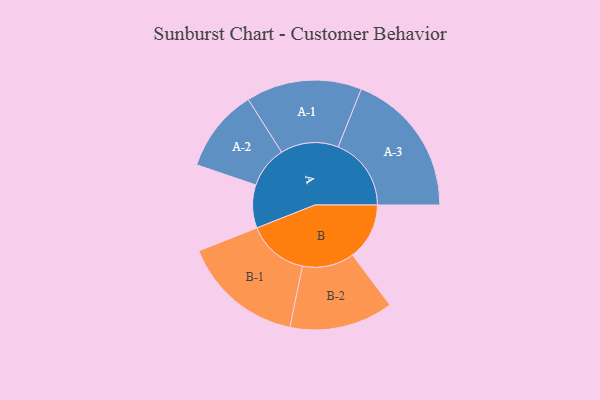
{"axis": {"x": "Segment", "y": "Value"}, "legend": ["", "A", "B"], "data": [{"x": "A", "y": 173, "type": ""}, {"x": "B", "y": 228, "type": ""}, {"x": "A-1", "y": 232, "type": "A"}, {"x": "A-2", "y": 167, "type": "A"}, {"x": "A-3", "y": 293, "type": "A"}, {"x": "B-1", "y": 244, "type": "B"}, {"x": "B-2", "y": 208, "type": "B"}]}